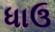
ધાઉ